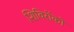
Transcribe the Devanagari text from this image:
शिविरोंको